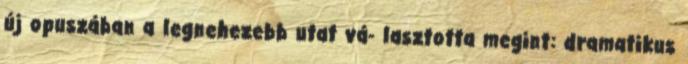
új opuszában a legnehezebb utat vá- lasztotta megint: dramatikus